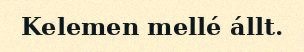
Kelemen mellé állt.